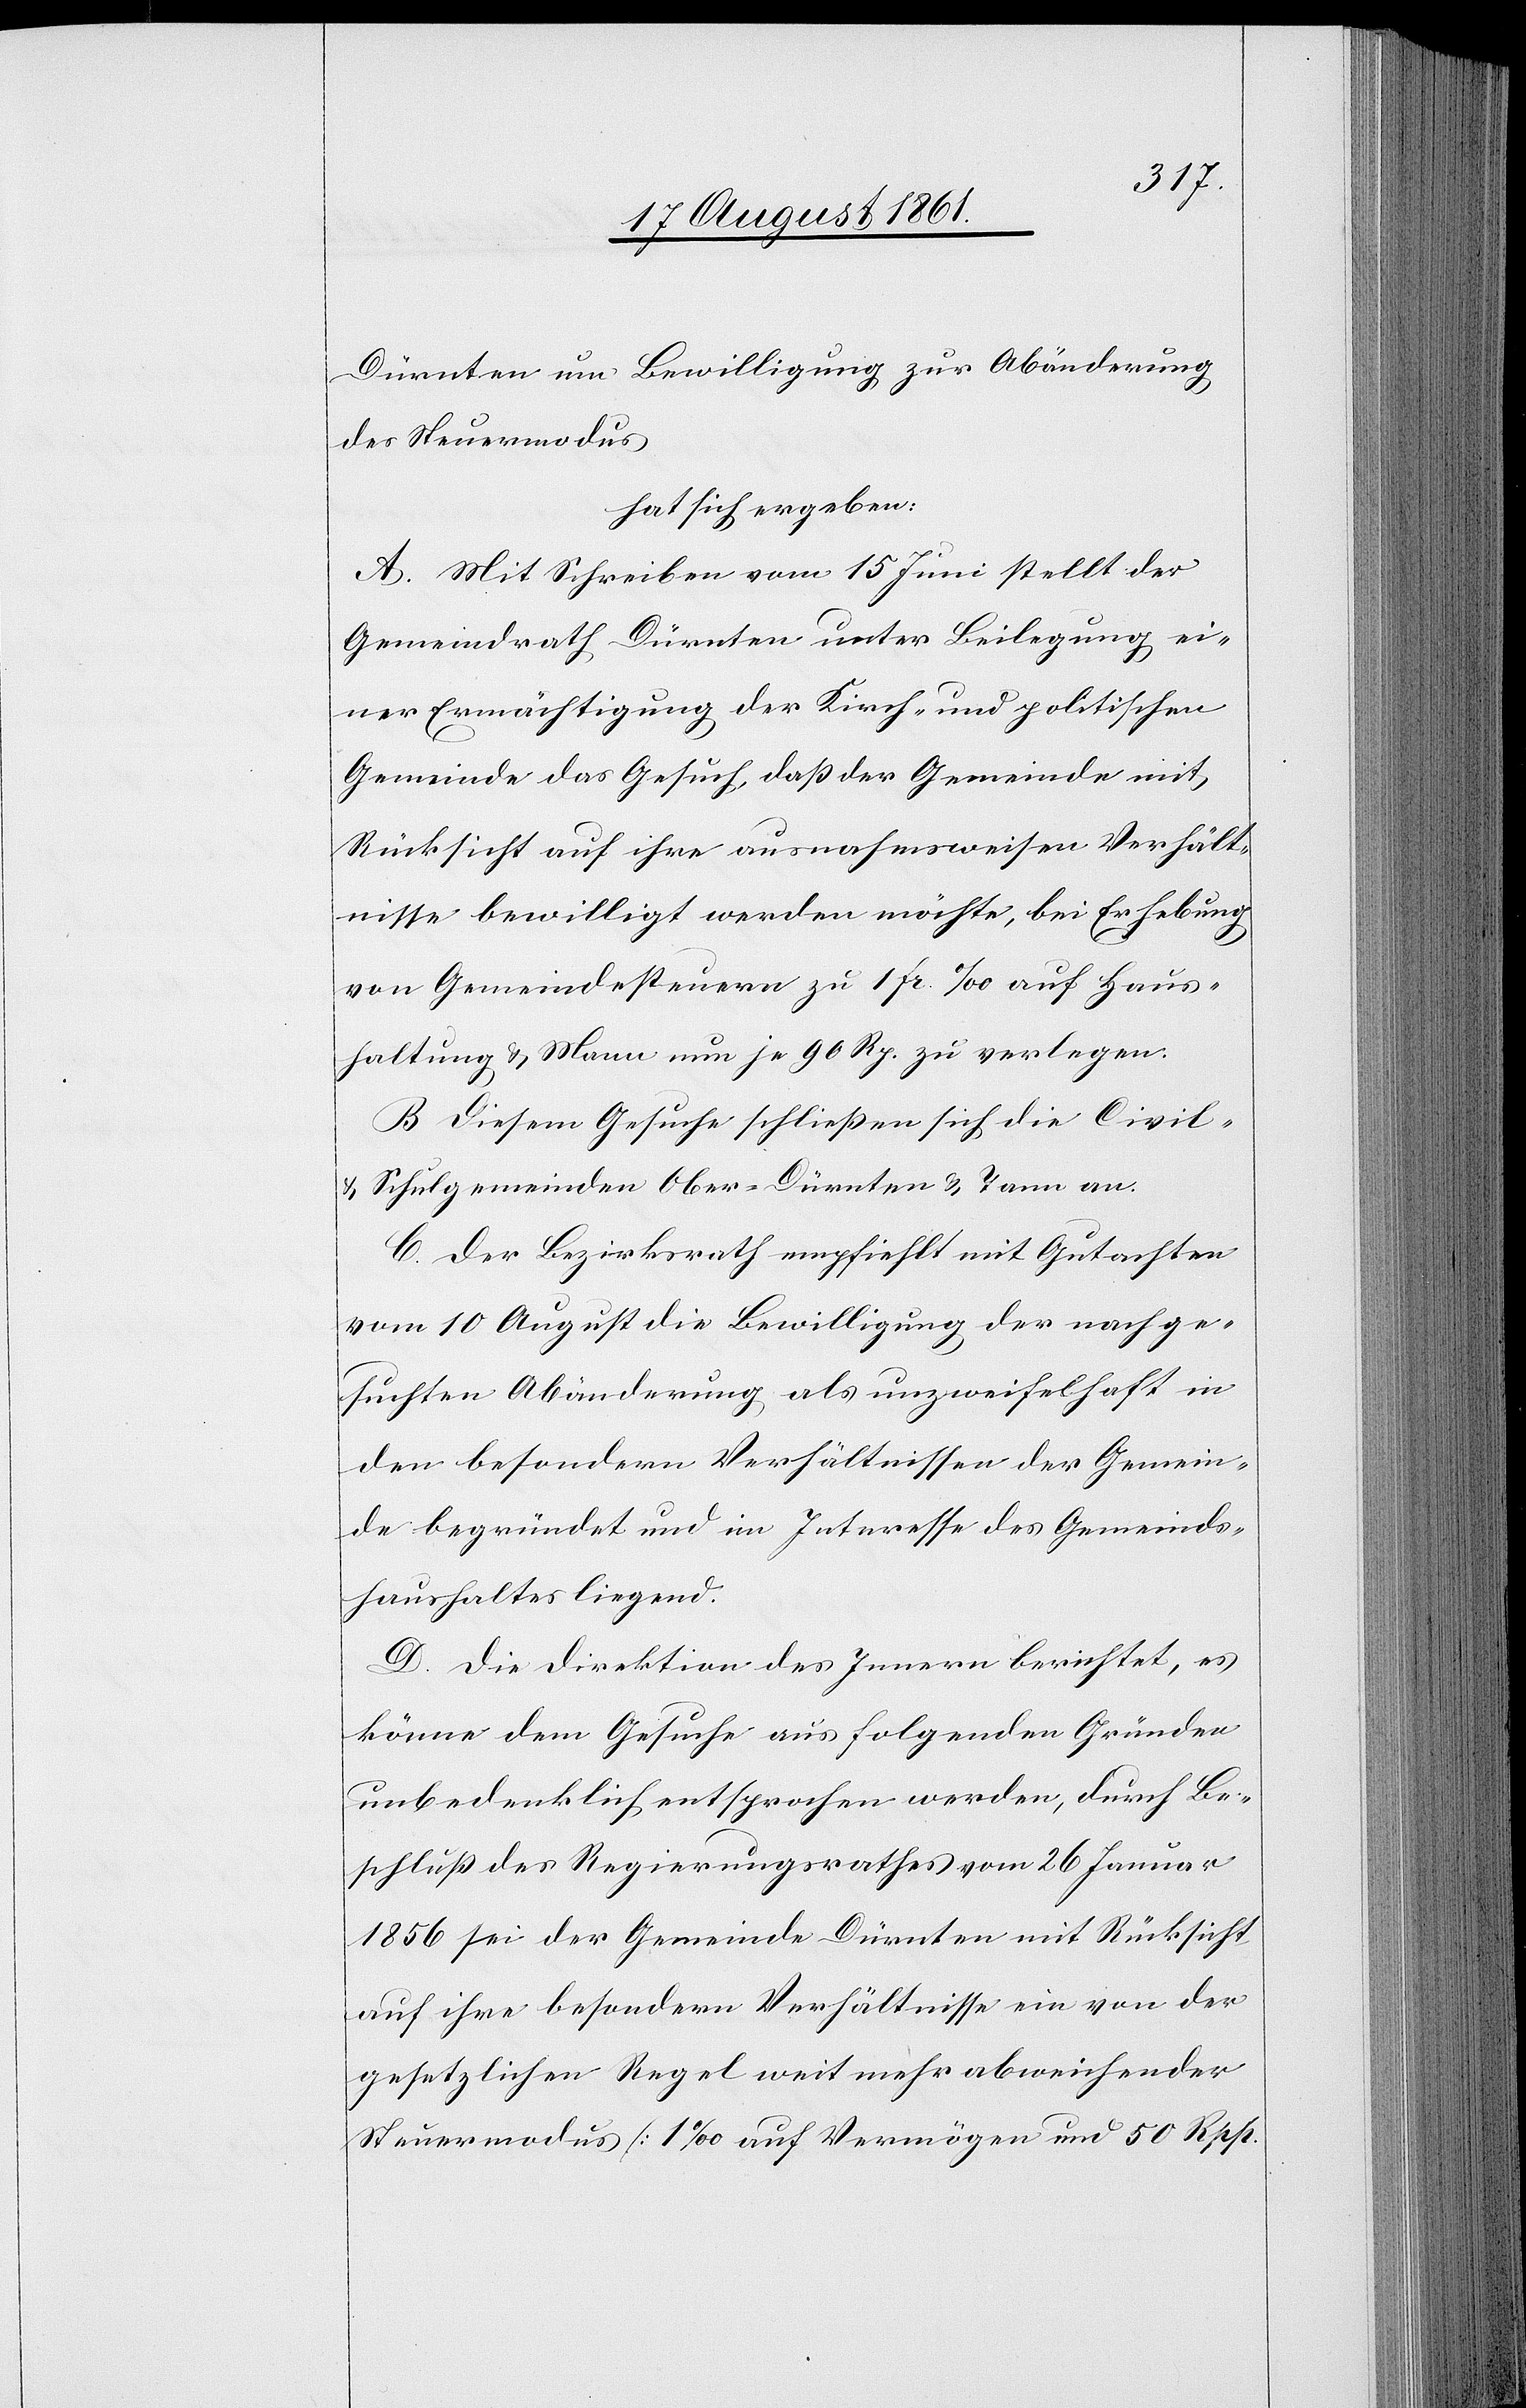
Dürnten um Bewilligung zur Abänderung
des Steuermodus
hat sich ergeben:
A. Mit Schreiben vom 15 Juni stellt der
Gemeindrath Dürnten unter Beilegung ei¬
ner Ermächtigung der Kirch- und politischen
Gemeinde das Gesuch, daß der Gemeinde mit
Rücksicht auf ihre ausnahmsweisen Verhält¬
nisse bewilligt werden möchte, bei Erhebung
von Gemeindesteuern zu 1 pr. ‰ auf Haus¬
haltung u. Mann nun je 90 Rp. zu verlegen.
B. Diesem Gesuche schließen sich die Civil-
u. Schulgemeinden Ober-Dürnten u Tann an.
C. Der Bezirksrath empfiehlt mit Gutachten
vom 10 August die Bewilligung der nachge¬
suchten Abänderung als unzweifelhaft in
den besondern Verhältnissen der Gemein¬
de begründet und im Interesse des Gemeinds¬
haushaltes liegend.
D. Die Direktion des Innern berichtet, es
könne dem Gesuche aus folgenden Gründen
unbedenklich entsprochen werden, durch Be¬
schluß des Regierungsrathes vom 26 Januar
1856 sei der Gemeinde Dürnten mit Rücksicht,
auf ihre besonderen Verhältnisse ein von der
gesetzlichen Regel weit mehr abweichender
Steuermodus (1‰ auf Vermögen und 50 Rpp.